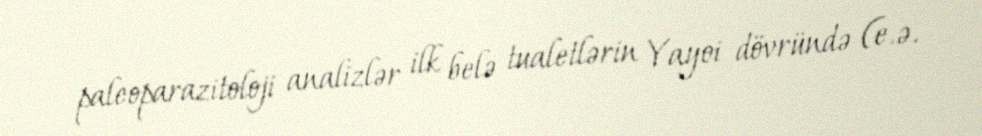
paleoparazitoloji analizlər ilk belə tualetlərin Yayoi dövründə (e.ə.